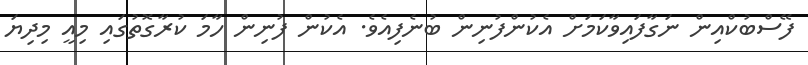
ފޭސްބުކްއިން ނަގާފައިވާކަމަށް އެކުންފުނިން ބުނެފިއެވެ. އެކުން ފުނިން ހާމަ ކުރާގޮތުގައި މިއީ މިދިޔަ